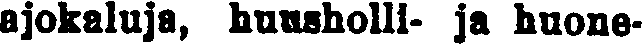
ajokaluja, huusholli- ja huone-